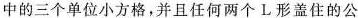
中的三个单位小方格，并且任何两个L形盖住的公